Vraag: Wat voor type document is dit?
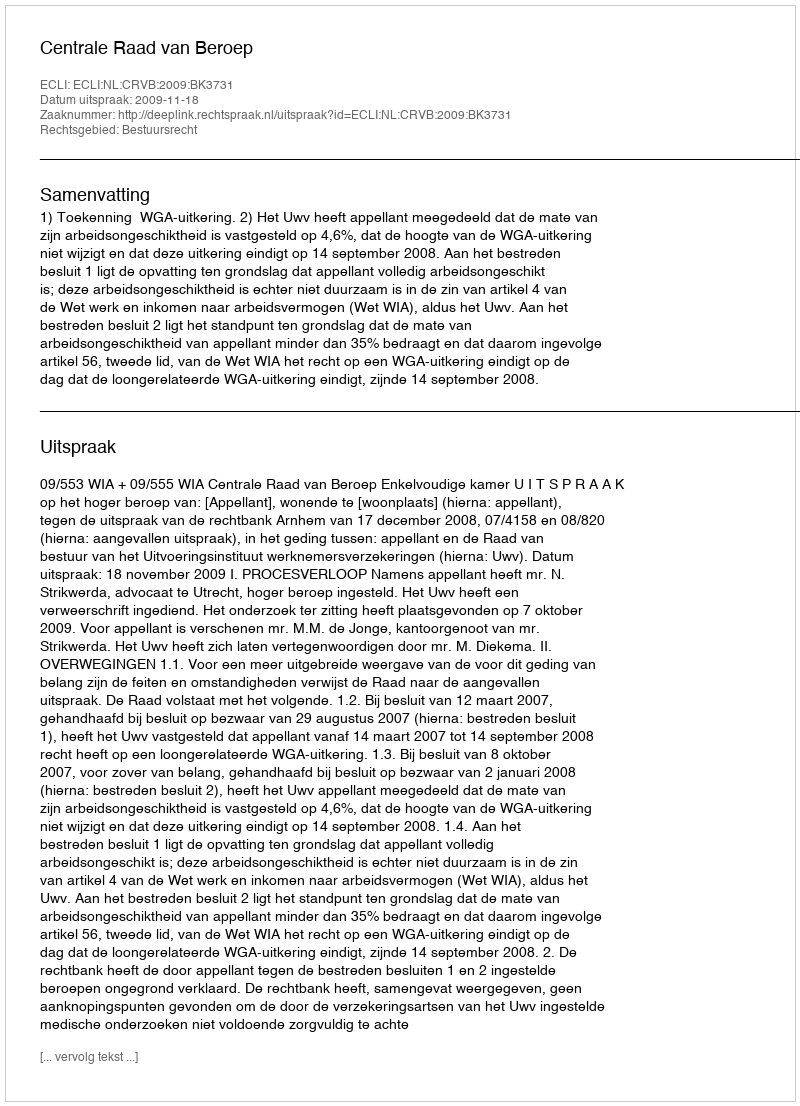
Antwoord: Uitspraak